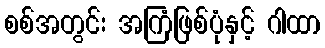
စစ်အတွင်း အကြံဖြစ်ပုံနှင့် ဂါထာ